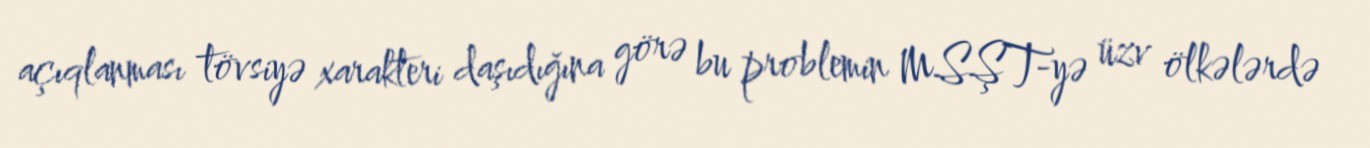
açıqlanması tövsiyə xarakteri daşıdığına görə bu problemin MSŞT-yə üzv ölkələrdə